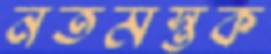
নতমস্তক